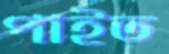
পাইত